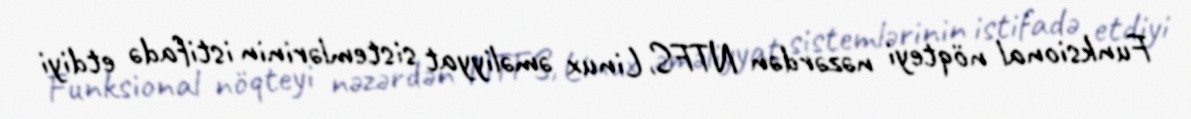
Funksional nöqteyi nəzərdən NTFS, Linux əməliyyat sistemlərinin istifadə etdiyi